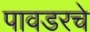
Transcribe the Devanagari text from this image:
पावडरचे